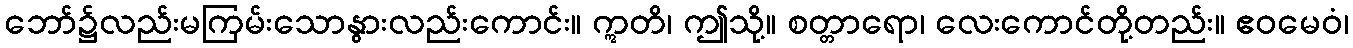
ဘော်၌လည်းမကြမ်းသောနွားလည်းကောင်း။ ဣတိ၊ ဤသို့။ စတ္တာရော၊ လေးကောင်တို့တည်း။ ဧဝမေဝံ၊